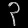
Digit: ၃